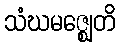
သံဃမဇ္ဈေတိ